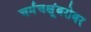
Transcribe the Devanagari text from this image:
चर्मचक्षूंबरोबर